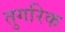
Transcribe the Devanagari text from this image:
तुगरिक